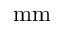
\mathrm { m m }